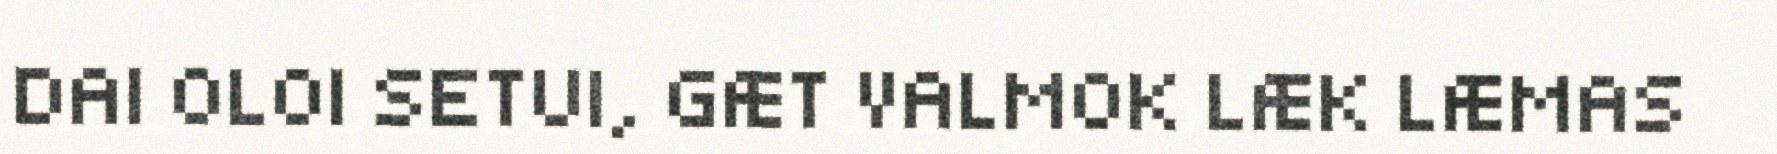
DAI OLOI SETUI, GÆT VALMOK LÆK LÆMAS